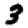
Digit: 3